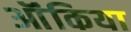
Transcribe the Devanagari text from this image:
ऑंकिया